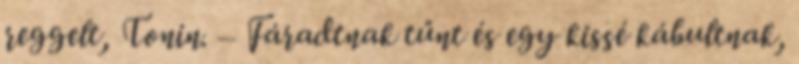
reggelt, Tonin. – Fáradtnak tűnt és egy kissé kábultnak,